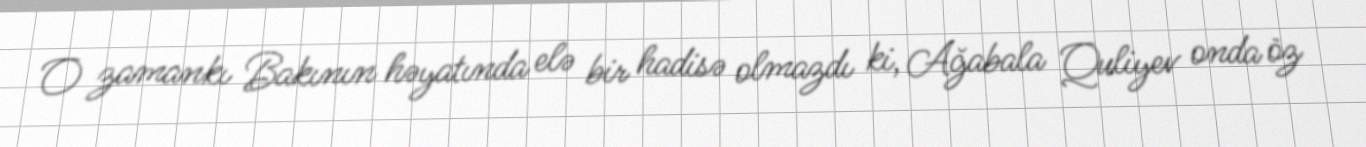
O zamankı Bakının həyatında elə bir hadisə olmazdı ki, Ağabala Quliyev onda öz